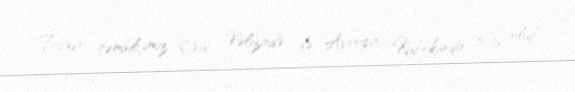
Digər təmsilçimiz Oruc Vəlizadə də Avropa Kubokunda 5-ci olub.